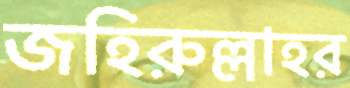
জহিরুল্লাহর